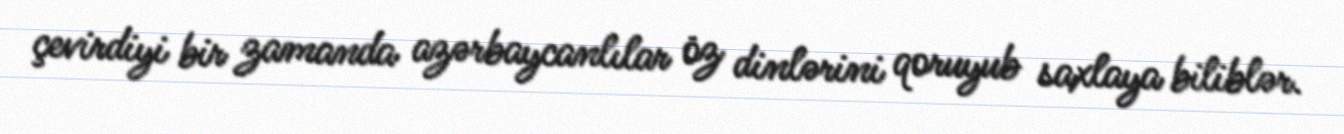
çevirdiyi bir zamanda azərbaycanlılar öz dinlərini qoruyub saxlaya biliblər.